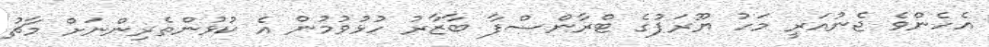
އެހެންވެ ޖެނުއަރީ މަހު ޔޫރަޕުގެ ޓްރާންސްފާ ބާޒާރު ހުޅުވުމުން އެ ކުޅުންތެރިންނަށް މާޗު